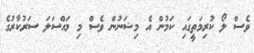
ވެސް ލޯ ކުރިމަތީގައި ކަމުން އެ މިޝަނުން ވެސް މި މައްސަލަ ސަރުކާރުގެ